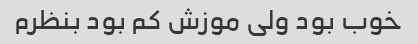
خوب بود ولی موزش کم بود بنظرم